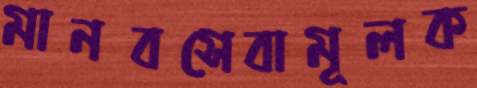
মানবসেবামূলক